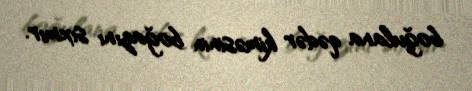
boğulana qədər kiməsinin boğazını sıxmır.